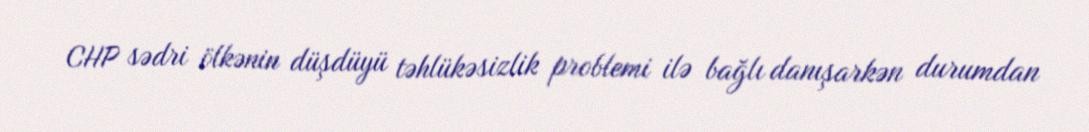
CHP sədri ölkənin düşdüyü təhlükəsizlik problemi ilə bağlı danışarkən durumdan